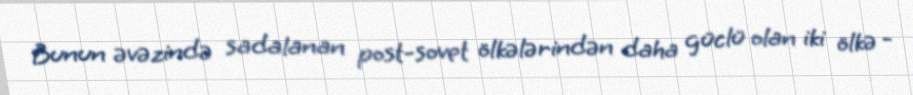
Bunun əvəzində sadalanan post-sovet ölkələrindən daha güclü olan iki ölkə -